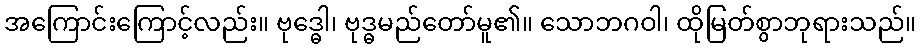
အကြောင်းကြောင့်လည်း။ ဗုဒ္ဓေါ၊ ဗုဒ္ဓမည်တော်မူ၏။ သောဘဂဝါ၊ ထိုမြတ်စွာဘုရားသည်။